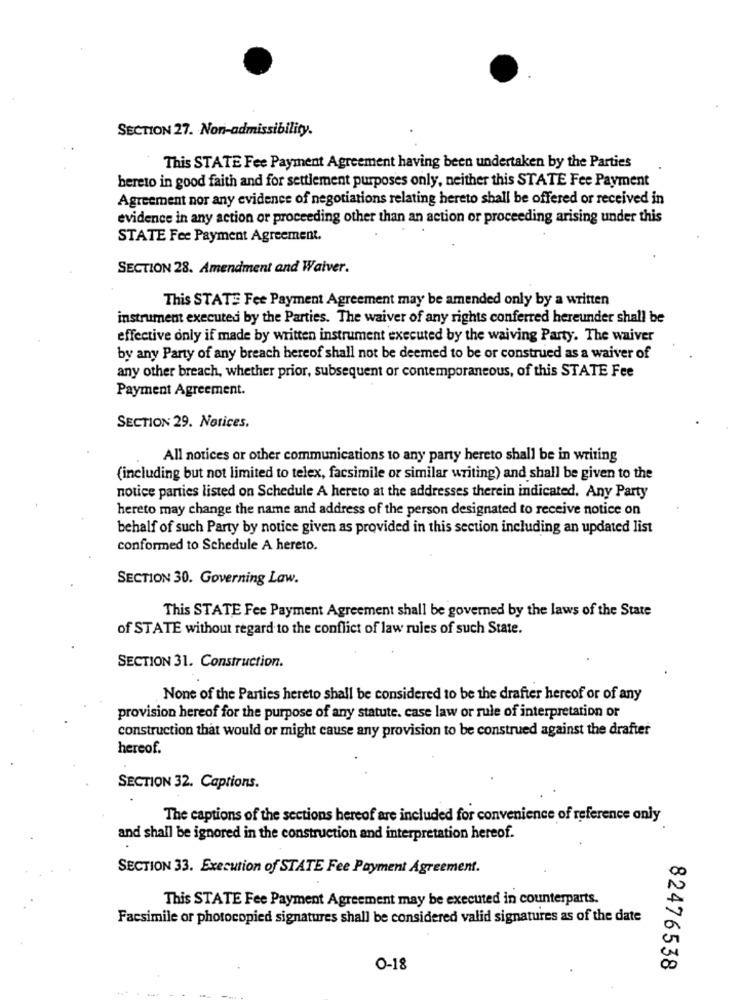
SECTION 27. Non-admissibility.
This STATE Fee Payment Agreement having been undertaken by the Parties
hereto in good faith and for settlement purposes only, neither this STATE Fee Payment
Agreement nor any evidence of negotiations relating hereto shall be offered or received in
evidence in any action or proceeding other than an action or proceeding arising under this
STATE Fee Payment Agreement.
SECTION 28. Amendment and Waiver.
This STATE Fee Payment Agreement may be amended only by a written
instrument executed by the Parties. The waiver of any rights conferred hereunder shall be
effective only if made by written instrument executed by the waiving Party. The waiver
by any Party of any breach hereof shall not be deemed to be or construed as a waiver of
any other breach, whether prior, subsequent or contemporaneous, of this STATE Fee
Payment Agreement.
SECTION 29. Notices.
All notices or other communications to any party hereto shall be in writing
(including but not limited to telex, facsimile or similar writing) and shall be given to the
notice parties listed on Schedule A hereto at the addresses therein indicated. Any Party
hereto may change the name and address of the person designated to receive notice on
behalf of such Party by notice given as provided in this section including an updated list
conformed to Schedule A hereto.
SECTION 30. Governing Law.
This STATE Fee Payment Agreement shall be governed by the laws of the State
of STATE without regard to the conflict of law rules of such State.
SECTION 31. Construction.
None of the Parties hereto shall be considered to be the drafter hereof or of any
provision hereof for the purpose of any statute. case law or rule of interpretation or
construction that would or might cause any provision to be construed against the drafter
hereof.
SECTION 32. Captions.
The captions of the sections hereof are included for convenience of reference only
and shall be ignored in the construction and interpretation hereof.
SECTION 33. Execution of STATE Fee Payment Agreement.
This STATE Fee Payment Agreement may be executed in counterparts.
Facsimile or photocopied signatures shall be considered valid signatures as of the date
0-18
82476538